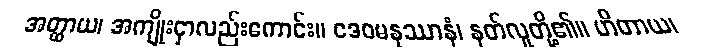
အတ္ထာယ၊ အကျိုးငှာလည်းကောင်း။ ဒေဝမနုဿာနံ၊ နတ်လူတို့၏။ ဟိတာယ၊